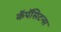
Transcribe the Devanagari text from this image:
कॅपॅसिटन्स